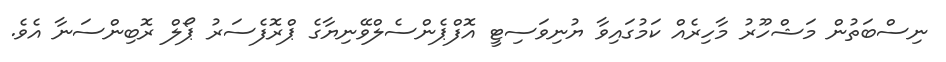
ނިސްބަތުން މަޝްހޫރު މާހިރެއް ކަމުގައިވާ ޔުނިވަސިޓީ އޮފްޕެންސެލްވޭނިޔާގެ ޕްރޮފެސަރު ޕޯލް ރޮބިންސަނާ އެވެ.